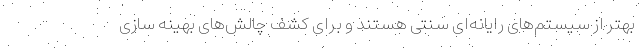
بهتر از سیستم‌های رایانه‌ای سنتی هستند و برای کشف چالش‌های بهینه سازی